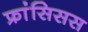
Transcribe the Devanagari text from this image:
फ्रांसिसस